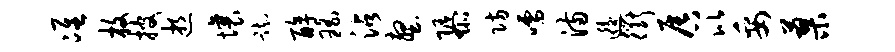
准枚披逝壤踟醇瑶沾壑隳防嚅满逅衢唇比妥蓼